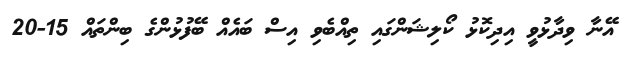
އޭނާ ވިދާޅުވީ އިދިކޮޅު ކޯލިޝަންގައި ތިއްބެވި އިސް ބައެއް ބޭފުޅުންގެ ބިންތައް 15-20